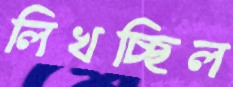
লিখচ্ছিল